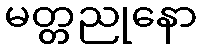
မတ္တညုနော